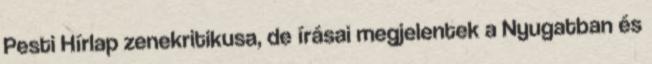
Pesti Hírlap zenekritikusa, de írásai megjelentek a Nyugatban és